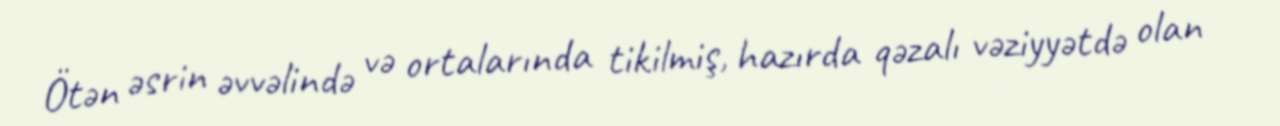
Ötən əsrin əvvəlində və ortalarında tikilmiş, hazırda qəzalı vəziyyətdə olan